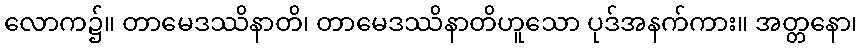
လောက၌။ တာမေဒဿိနာတိ၊ တာမေဒဿိနာတိဟူသော ပုဒ်အနက်ကား။ အတ္တနော၊